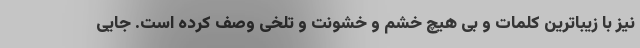
نیز با زیباترین کلمات و بی هیچ خشم و خشونت و تلخی وصف کرده است. جایی